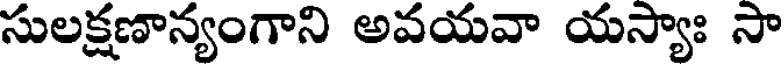
సులక్షణాన్యంగాని అవయవా యస్యాః సా